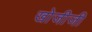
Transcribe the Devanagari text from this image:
खोजीजी